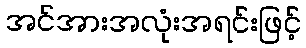
အင်အားအလုံးအရင်းဖြင့်